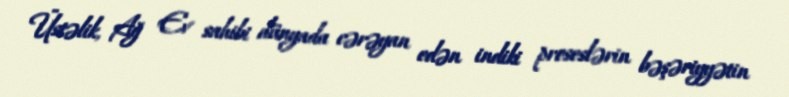
Üstəlik, Ağ Ev sahibi dünyada cərəyan edən indiki proseslərin bəşəriyyətin